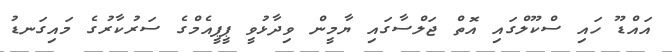
އައްޑޫ ހައި ސްކޫލްގައި އޮތް ޖަލްސާގައި ޔާމީން ވިދާޅުވީ ޕީޕީއެމްގެ ސަރުކާރުގެ މައިގަނޑު